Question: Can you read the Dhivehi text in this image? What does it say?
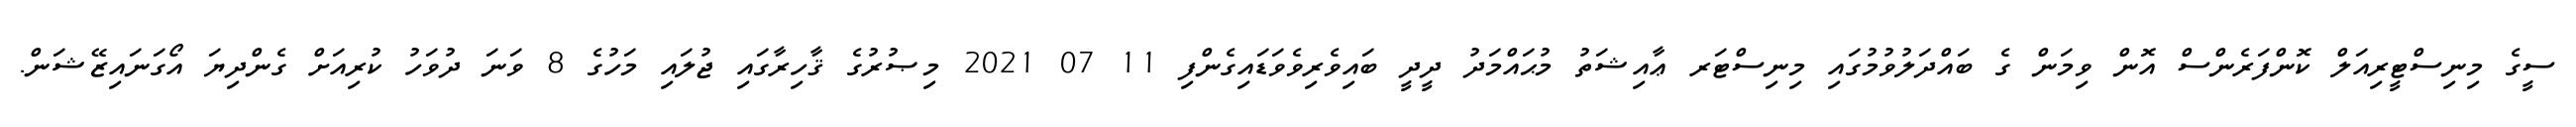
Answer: ސީގެ މިނިސްޓީރިއަލް ކޮންފަރެންސް އޮން ވިމަން ގެ ބައްދަލުވުމުގައި މިނިސްޓަރ ޢާއިޝަތު މުޙައްމަދު ދީދީ ބައިވެރިވެވަޑައިގެންފި 11 07 2021 މިޞުރުގެ ޤާހިރާގައި ޖުލައި މަހުގެ 8 ވަނަ ދުވަހު ކުރިއަށް ގެންދިޔަ އޯގަނައިޒޭޝަން.